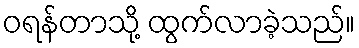
ဝရန်တာသို့ ထွက်လာခဲ့သည်။